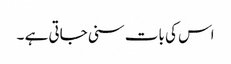
اس کی بات سنی جاتی ہے ۔